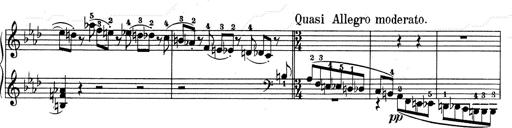
Title: Weinen, Klagen, Sorgen, Zagen
Composer: Franz Liszt